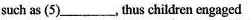
such as（5）___.thus children engaged